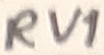
Text: RV1